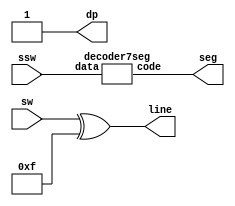
`timescale 1ns / 1ps
//////////////////////////////////////////////////////////////////////////////////
// Company: 
// Engineer: 
// 
// Design Name: 
// Module Name:    ziken2 
// Project Name: 
// Target Devices: 
// Tool versions: 
// Description: 
//
// Dependencies: 
//
// Revision: 
// Revision 0.01 - File Created
// Additional Comments: 
//
//////////////////////////////////////////////////////////////////////////////////
module seg7test(
	input wire[3:0] sw,
	input wire[3:0] ssw,
	output wire[6:0] seg,
	output wire dp,
	output wire[3:0] line
	);
	wire[6:0] code;
	assign seg = code;
	decoder7seg decoder0(.data(ssw),.code(code));
	assign line[3:0] = sw[3:0]^4'b1111;
	assign dp =1'b1;
endmodule

module decoder7seg( input wire [3:0] data, output wire [6:0] code);
	assign code =
		data==4'd0 ? 7'b1111110:
		data==4'd1 ? 7'b0110000:
		data==4'd2 ? 7'b1101101:
		data==4'd3 ? 7'b1111001:
		data==4'd4 ? 7'b0110011:
		data==4'd5 ? 7'b1011011:
		data==4'd6 ? 7'b1011111:
		data==4'd7 ? 7'b1110000:
		data==4'd8 ? 7'b1111111:
		data==4'd9 ? 7'b1111011:
		
		data==5'd10 ? 7'b1110111:
		data==5'd11 ? 7'b0011111:
		data==5'd12 ? 7'b1001110:
		data==5'd13 ? 7'b0111101:
		data==5'd14 ? 7'b1001111:
		7'b1000111;
		
						
endmodule